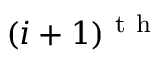
( i + 1 ) ^ { \mathrm { ~ t ~ h ~ } }